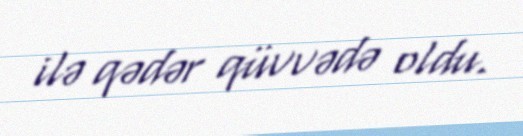
ilə qədər qüvvədə oldu.